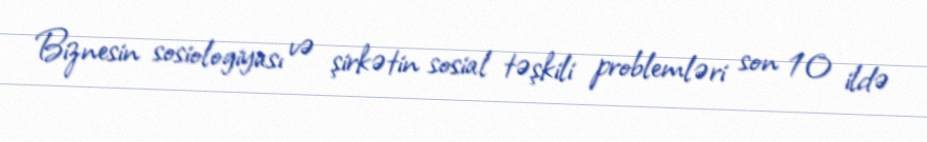
Biznesin sosiologiyası və şirkətin sosial təşkili problemləri son 10 ildə